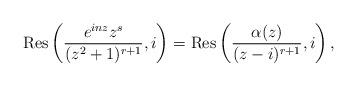
LaTeX: \begin{gather*} \operatorname{Res} \left( \frac{e^{i n z} z^s}{( z^2 + 1)^{r + 1}}, i \right) = \operatorname{Res} \left( \frac{\alpha (z)}{( z - i)^{r + 1}}, i \right), \end{gather*}